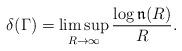
LaTeX: \begin{align*}\delta(\Gamma)=\limsup\limits_{R\to\infty}\frac{\log\mathfrak{n}(R)}{R}.\end{align*}